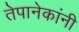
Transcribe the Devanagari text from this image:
तेपानेकांनी